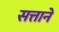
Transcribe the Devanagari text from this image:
सत्ताने